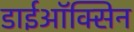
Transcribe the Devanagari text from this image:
डाईऑक्सिन